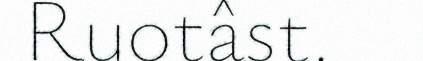
Ruotâst.